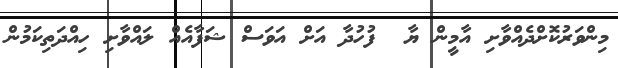
މިންވަރުކޮށްދެއްވާށި އާމީން ޔާ  ފުހުދާ އަށް އަވަސް ޝަފާއެއް ލައްވާށި ހިއްދަތިކަމުން